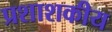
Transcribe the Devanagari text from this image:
प्रशाशकीय